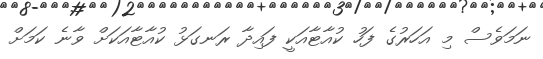
ނަމަވެސް މި އަހަރުގެ ފަހު ކުއާޓާއަކީ ފައިދާ ރަނގަޅު ކުއާޓާއަކަށް ވާނެ ކަމަށް